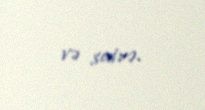
və sairə.